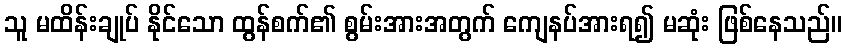
သူ မထိန်းချုပ် နိုင်သော ထွန်စက်၏ စွမ်းအားအတွက် ကျေနပ်အားရ၍ မဆုံး ဖြစ်နေသည်။